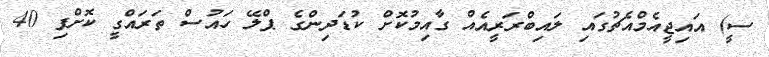
ސީ) އައިޖީއެމްއެޗުގައި ލައިބްރަރީއެއް ގާއިމުކޮށް ކުޑަދިންގެ ޕްލޭ ހައުސް ތަރައްގީ ކޮށްފި 40